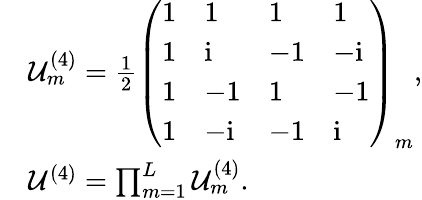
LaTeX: \begin{array}{rl}&{\mathcal{U}_{m}^{(4)}=\frac{1}{2}\left(\begin{array}{llll}{1}&{1}&{1}&{1}\\ {1}&{\mathrm{i}}&{-1}&{-\mathrm{i}}\\ {1}&{-1}&{1}&{-1}\\ {1}&{-\mathrm{i}}&{-1}&{\mathrm{i}}\end{array}\right)_{m},}\\ &{\mathcal{U}^{(4)}=\prod_{m=1}^{L}\mathcal{U}_{m}^{(4)}.}\end{array}